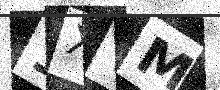
Text: 1XVM